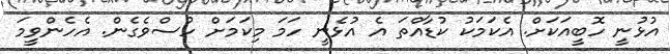
އުޅުނީ ހޮބީއަކަށް. އެކަމަކު ކުޑާއްތަ އެ އުޅެނީ ހަމަ މިކަމަށް ހުސްވެގެން. އެހެންވީމަ